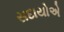
સદાયોએ